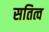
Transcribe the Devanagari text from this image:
सतित्व